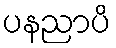
ပနညာပိ